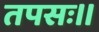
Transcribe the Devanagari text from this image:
तपसः।।